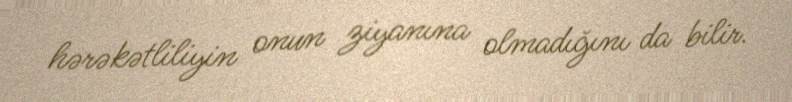
hərəkətliliyin onun ziyanına olmadığını da bilir.